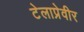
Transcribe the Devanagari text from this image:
टेलाप्रेवीर